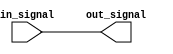
module io_block_bidirectional_buffer (
    input wire in_signal,
    output wire out_signal
);

// Verilog code for I/O Blocks differential bidirectional buffer
// Design and functionality for high-speed, low-power signal transmission
// Uses differential signaling for reduced noise and improved signal integrity

assign out_signal = in_signal;

endmodule